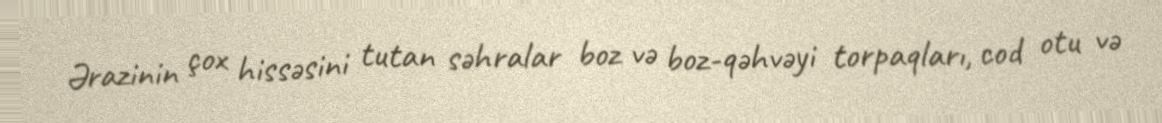
Ərazinin çox hissəsini tutan səhralar boz və boz-qəhvəyi torpaqları, cod otu və